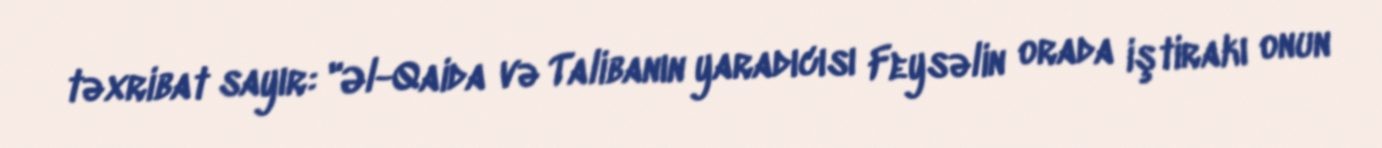
təxribat sayır: "Əl-Qaida və Talibanın yaradıcısı Feysəlin orada iştirakı onun